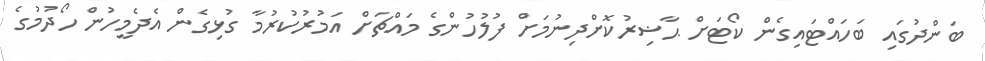
ބަންދުގައި ބަހައްޓައިގެން ކޯޓަށް ޙާޟިރުކޮށްދިނުމަށް ފުލުހުންގެ މައްޗަށް އަމުރުކުރުމާ ގުޅިގެން އެދެމީހުން ހޯދުމުގެ